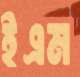
ইএম